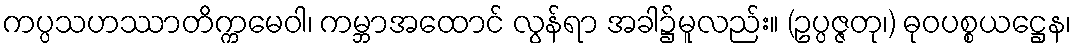
ကပ္ပသဟဿာတိက္ကမေဝါ၊ ကမ္ဘာအထောင် လွန်ရာ အခါ၌မူလည်း။ (ဥပ္ပဇ္ဇတု၊) ဓုဝပစ္စယဋ္ဌေန၊